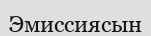
Эмиссиясын